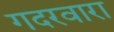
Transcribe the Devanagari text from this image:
गदरवारा